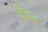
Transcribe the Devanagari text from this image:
विज़्हन